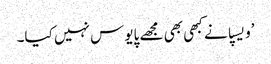
’ویسپا نے کبھی بھی مجھے پایوس نہیں کیا۔